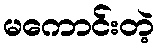
မကောင်းတဲ့